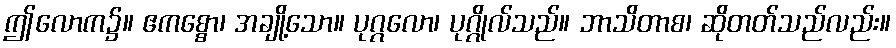
ဤလောက၌။ ဧကစ္စော၊ အချို့သော။ ပုဂ္ဂလော၊ ပုဂ္ဂိုလ်သည်။ ဘာသိတာစ၊ ဆိုတတ်သည်လည်း။